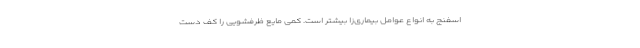
اسفنج به انواع عوامل بیماری‌زا بیشتر است. کمی مایع ظرفشویی را کف دست